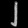
Digit: ၂